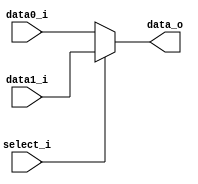
module MUX2_32
(
	data0_i,
	data1_i,
	select_i,
	data_o
);

input	[31:0]	data0_i;
input	[31:0]	data1_i;
input		select_i;
output	[31:0]	data_o;

assign data_o = (select_i==1'b1) ? data1_i : data0_i;

endmodule